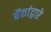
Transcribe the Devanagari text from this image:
बॅकांद्वारे